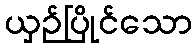
ယှဉ်ပြိုင်သော